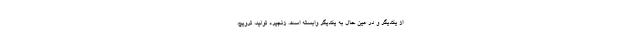
از یکدیگر و در عین حال به یکدیگر وابسته است. زنجیره تولید، ترویج،